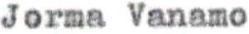
Jorma Vanamo